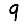
Digit: 9